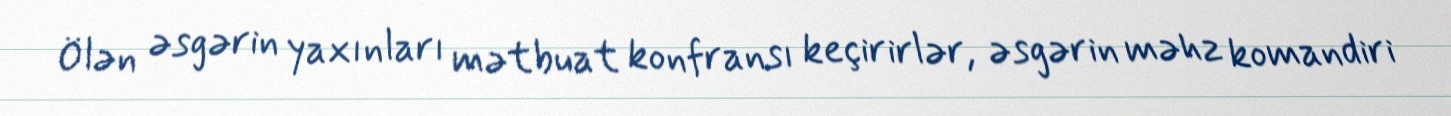
Ölən əsgərin yaxınları mətbuat konfransı keçirirlər, əsgərin məhz komandiri